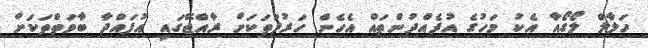
ހަލާލް ލޯގޯއާ އެކު މަހުގެ އުފެއްދުންތައް އެހެން ހަރުފަތަކަށް ރާއްޖޭގައި އުފައްދާ ބާވަތްތަކަށް